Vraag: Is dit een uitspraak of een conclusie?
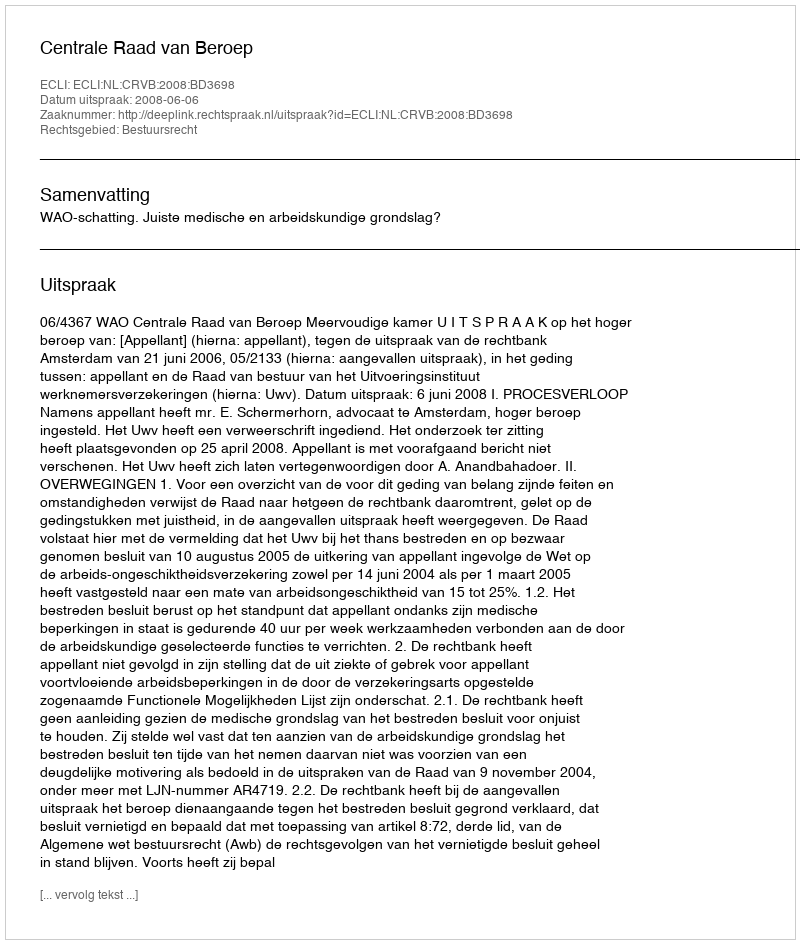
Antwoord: Uitspraak